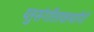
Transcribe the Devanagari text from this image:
य्तुसंगीतावर्त्यांनी